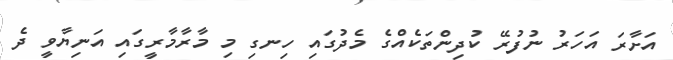
އަށާރަ އަހަރު ނުފުރޭ ކުދިންތަކެއްގެ މެދުގައި ހިނގި މި މާރާމާރީގައި އަނިޔާވީ ދެ